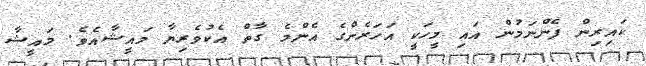
ކައިރިން ފެންނަމުން އައި މީހަކީ އަހަރެންގެ އެންމެ ގާތް އެކުވެރިޔާ މައީޝާއެވެ. މައީޝާ